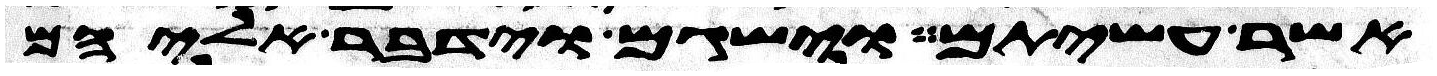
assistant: אשר עשיתם וישגם וידבר אליהם